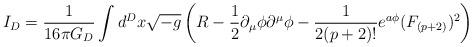
LaTeX: \begin{align*}I_D = \frac{1}{16\pi G_D} \int d^D x \sqrt{-g} \left( R- \frac{1}{2} \partial_\mu \phi \partial^\mu \phi- \frac{1}{2(p+2)!} e^{a\phi} (F_{(p+2)})^2 \right)\end{align*}